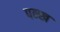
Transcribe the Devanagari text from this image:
पन्ख